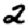
Digit: 2